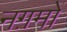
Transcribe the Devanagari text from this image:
नग़मों